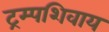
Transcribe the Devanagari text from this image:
ट्रम्पशिवाय